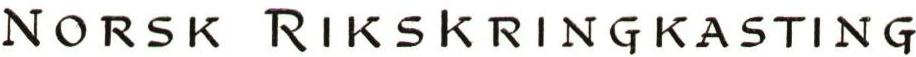
NORSK RIKSKRINGKASTING